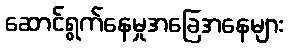
ဆောင်ရွက်နေမှုအခြေအနေများ